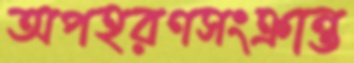
অপহরণসংক্রান্ত